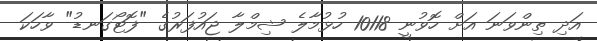
އަދި ތިންވަނަ އަށް ހޮވުނީ 10118 ހުޅުމާލެ ޝިމްލާ ޖައުފަރުގެ "ފޮޓޯގަނޑު" ވާހަކަ